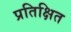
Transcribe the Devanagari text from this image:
प्रतिक्षित